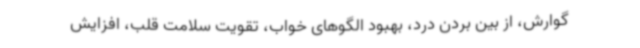
گوارش، از بین بردن درد، بهبود الگوهای خواب، تقویت سلامت قلب، افزایش